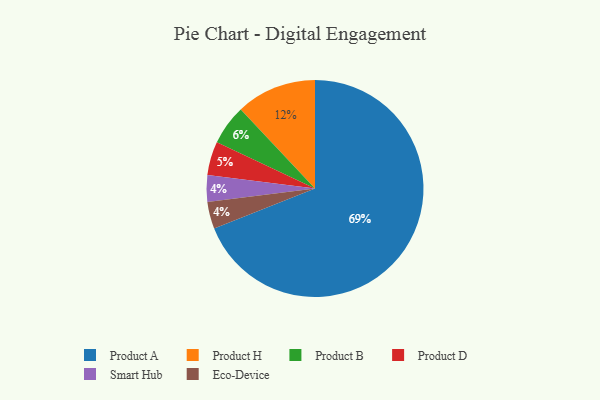
{"axis": {"x": "Category", "y": "Percentage"}, "legend": ["Eco-Device", "Product A", "Product B", "Product D", "Product H", "Smart Hub"], "data": [{"x": "Smart Hub", "y": 4, "type": "Smart Hub"}, {"x": "Product A", "y": 69, "type": "Product A"}, {"x": "Product D", "y": 5, "type": "Product D"}, {"x": "Product H", "y": 12, "type": "Product H"}, {"x": "Product B", "y": 6, "type": "Product B"}, {"x": "Eco-Device", "y": 4, "type": "Eco-Device"}]}